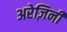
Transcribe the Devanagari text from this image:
अरेज़िनी